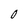
Character: O